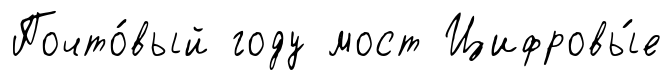
Почто́вый году мост Цифровы́е